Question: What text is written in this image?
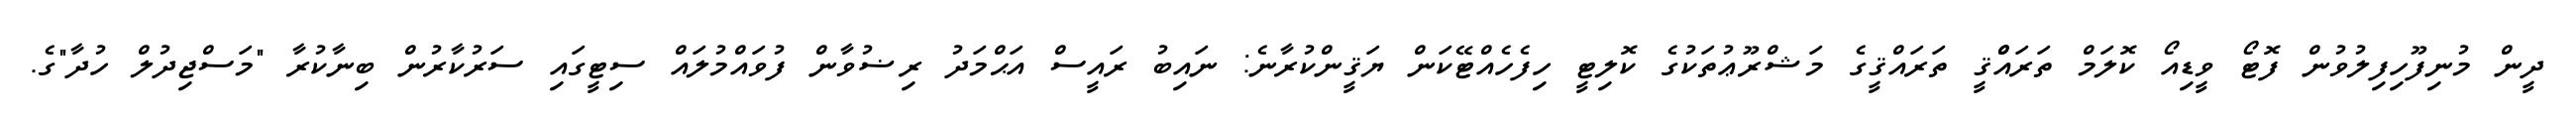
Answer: ދީން މުނިފޫހިފިލުވުން ފޮޓޯ ވީޑިއޯ ކޮލަމް ތަރައްްޤީ ތަރައްޤީގެ މަޝްރޫޢުތަކުގެ ކޮލިޓީ ހިފެހެއްޓޭކަން ޔަޤީންކުރާނެ: ނައިބު ރައީސް އަޙްމަދު ރިޟުވާން ފުވައްމުލައް ސިޓީގައި ސަރުކާރުން ބިނާކުރާ "މަސްޖިދުލް ހުދާ"ގެ.